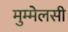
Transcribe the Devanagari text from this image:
मुम्मेलसी